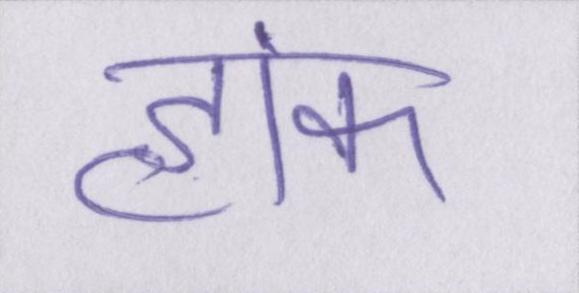
हांक